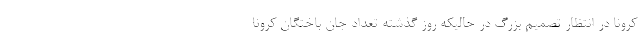
کرونا در انتظار تصمیم بزرگ در حالیکه روز گذشته تعداد جان باختگان کرونا